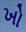
ખો